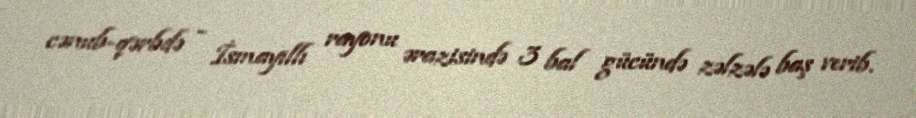
cənub-qərbdə - İsmayıllı rayonu ərazisində 3 bal gücündə zəlzələ baş verib.